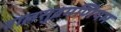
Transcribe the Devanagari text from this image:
बालसुब्रमणियम